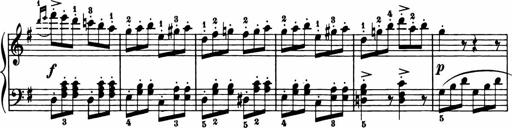
Title: 11 Sonatinas for Piano Solo
Composer: Anton Diabelli